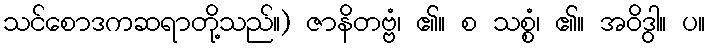
သင်စောဒကဆရာတို့သည်။) ဇာနိတဗ္ဗံ၊ ၏။ စ သစ္စံ၊ ၏။ အဝိဒွါ။ ပ။